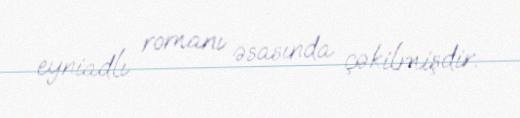
eyniadlı romanı əsasında çəkilmişdir.